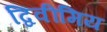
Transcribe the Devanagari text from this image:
द्विवीमिय